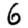
Digit: 6